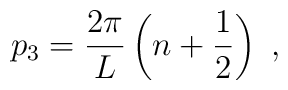
p_3= \frac{2\pi}{L} \left(n +\frac{1}{2}\right)  \  ,